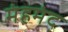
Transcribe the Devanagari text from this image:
मंहमंद